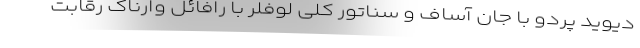
دیوید پردو با جان آساف و سناتور کلی لوفلر با رافائل وارناک رقابت